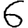
Digit: 6